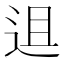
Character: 䢐